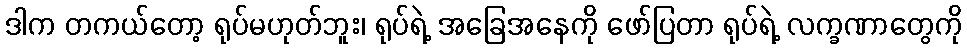
ဒါက တကယ်တော့ ရုပ်မဟုတ်ဘူး၊ ရုပ်ရဲ့ အခြေအနေကို ဖော်ပြတာ ရုပ်ရဲ့ လက္ခဏာတွေကို